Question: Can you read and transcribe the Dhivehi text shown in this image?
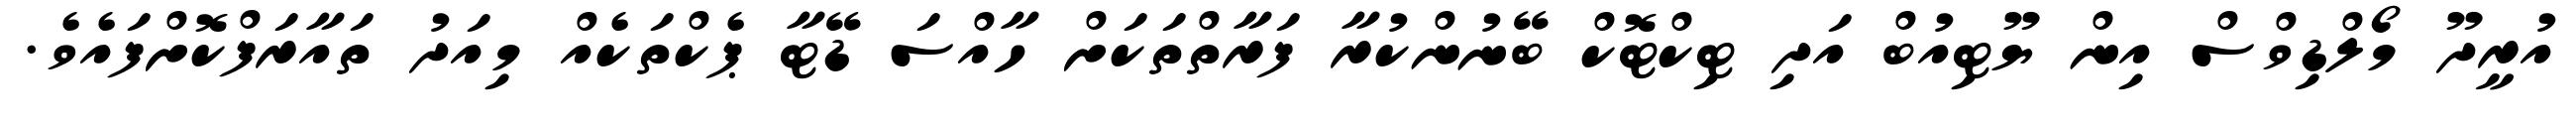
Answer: އުރީދޫ މޯލްޑިވްސް އިން ޔޫޓިއުބް އަދި ޓިކްޓޮކް ބޭނުންކުރާ ފަރާތްތަކަށް ހާއްސަ ޑޭޓާ ޕެކްތަކެއް މިއަދު ތައާރަފްކޮށްފައެވެ.